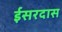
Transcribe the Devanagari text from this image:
ईसरदास